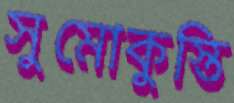
সুমোকুস্তি